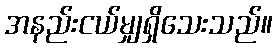
အနည်းငယ်မျှရှိသေးသည်။